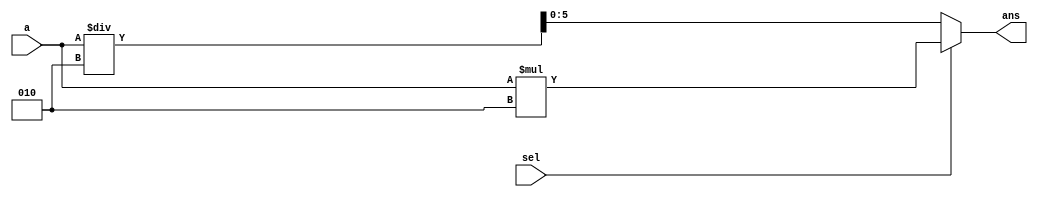
module MULTI_DIV_1210733#(parameter n=4)(a,sel,ans);
input signed [n-1:0] a ;
input sel ;
output reg signed[n+1:0] ans ;
always@(*)
begin
if (sel == 0) begin ans = a/2 ; end 
else begin ans = a*2 ; end
end
endmodule